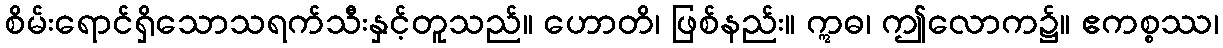
စိမ်းရောင်ရှိသောသရက်သီးနှင့်တူသည်။ ဟောတိ၊ ဖြစ်နည်း။ ဣဓ၊ ဤလောက၌။ ဧကစ္စဿ၊